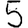
Digit: 5